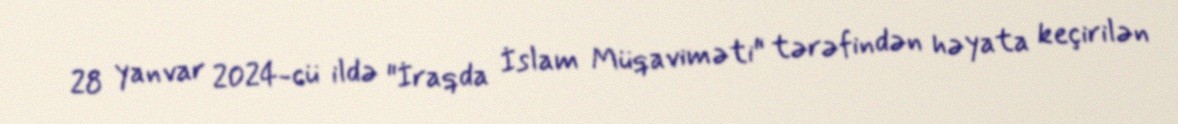
28 yanvar 2024-cü ildə "İraqda İslam Müqaviməti" tərəfindən həyata keçirilən